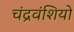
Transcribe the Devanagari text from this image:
चंद्रवंशियो